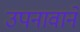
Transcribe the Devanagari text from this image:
उपनावाने